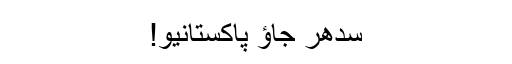
سدھر جاؤ پاکستانیو!